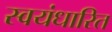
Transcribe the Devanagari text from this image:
स्वयंधारित